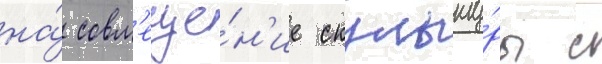
на́ совм'еще́н'ие скульпту́ры с